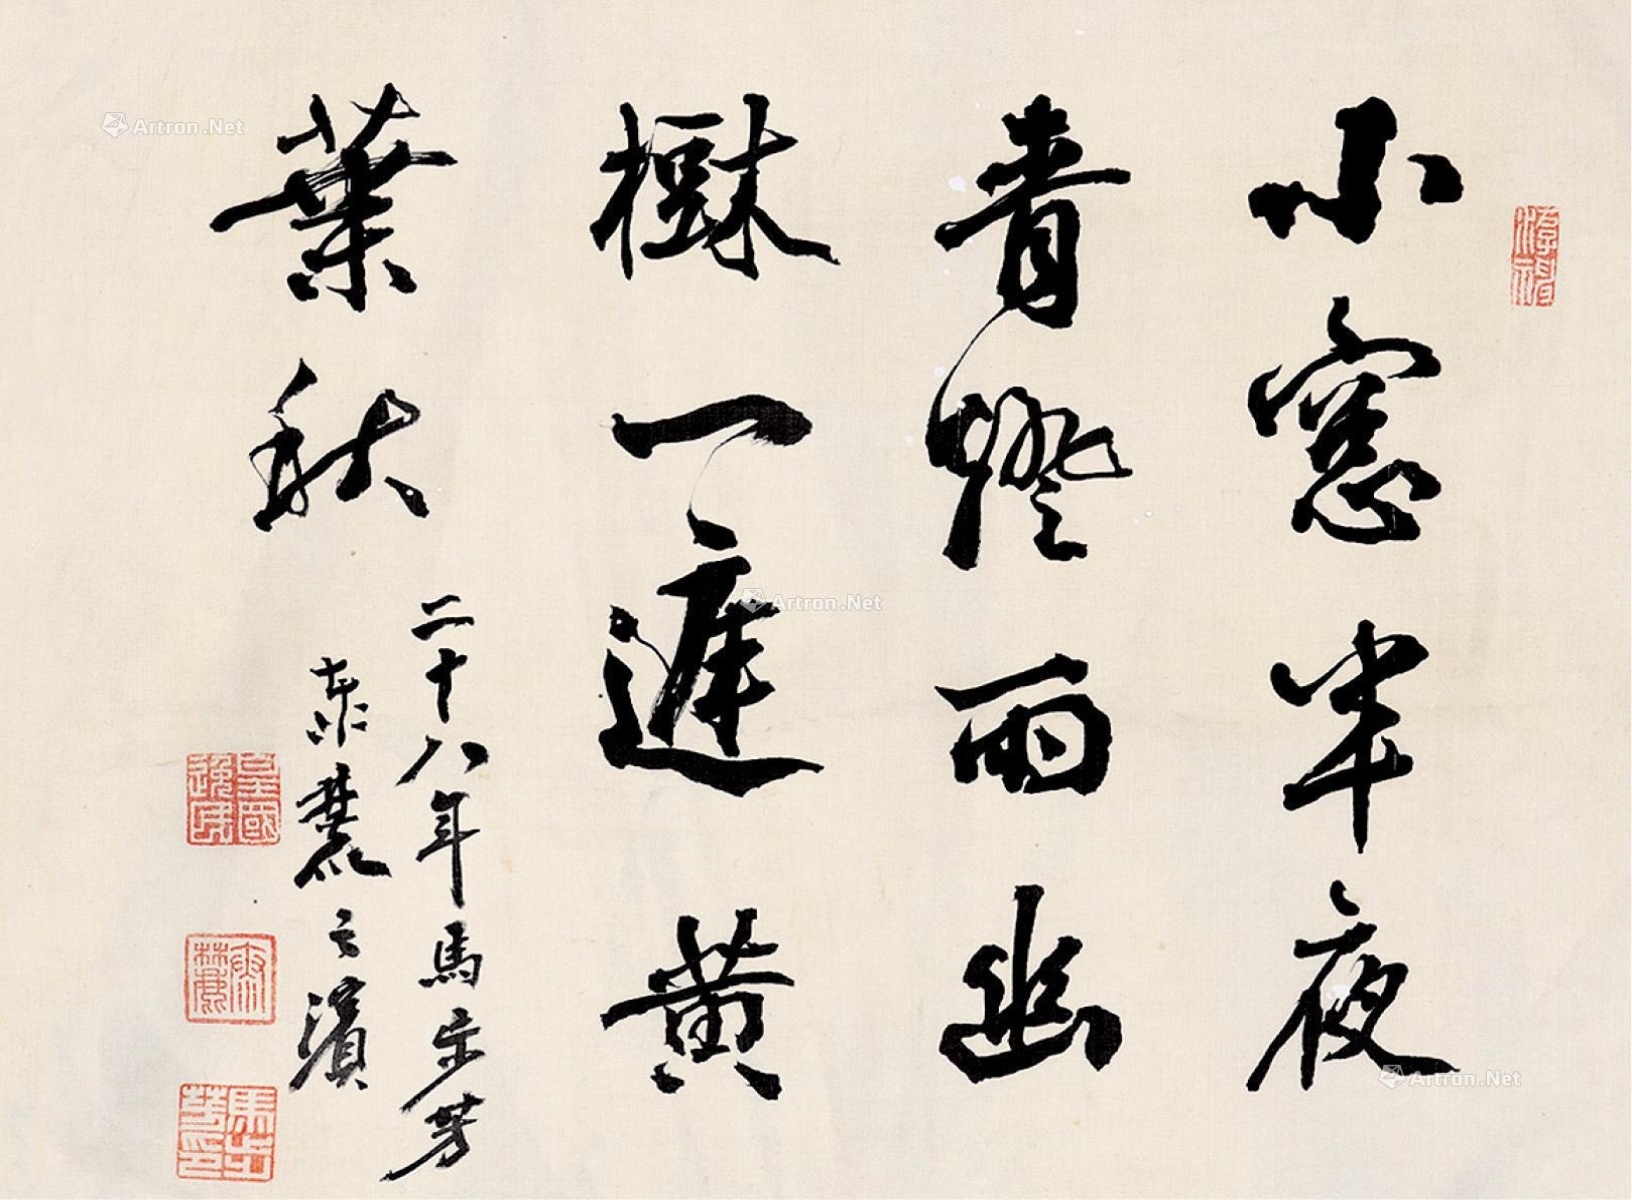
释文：小窗半夜青灯雨，幽树一庭黄叶秋。二十八年马步芳，东瀛之滨。